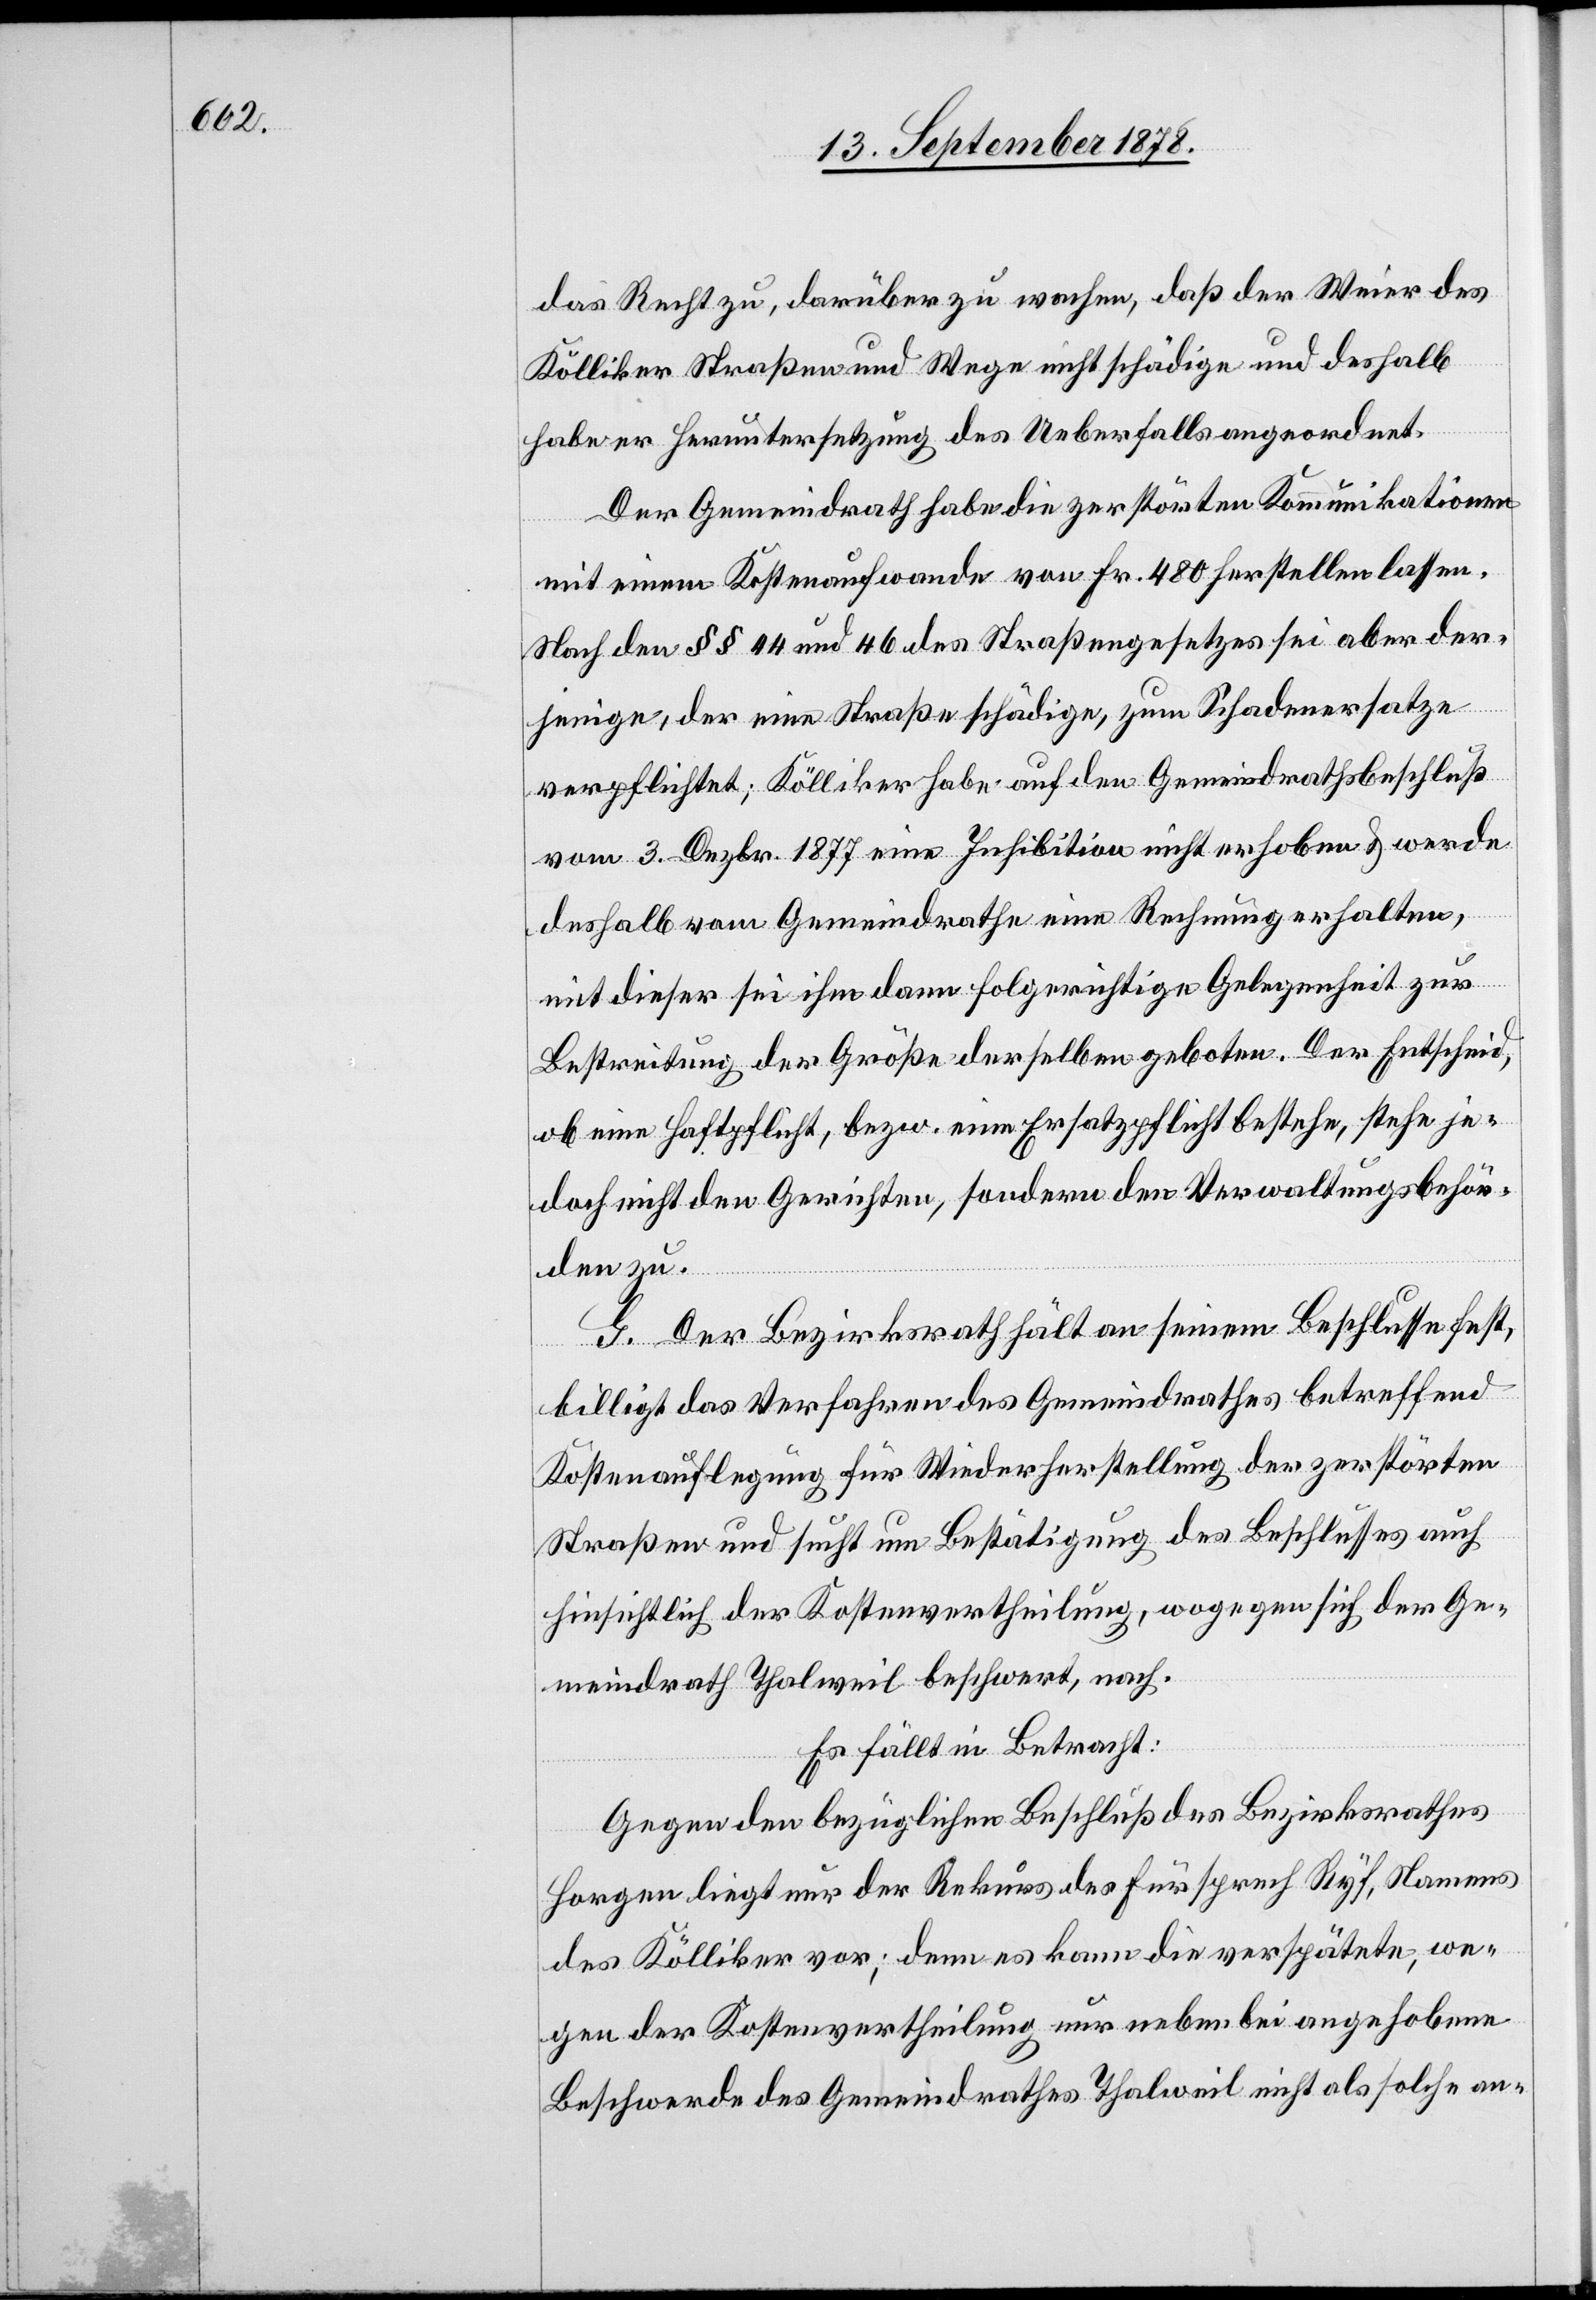
das Recht zu, darüber zu wachen, daß der Weier des
Kölliker Straßen und Wege nicht schädige und deshalb
habe er Heruntersetzung des Ueberfalls angeordnet.
Der Gemeindrath habe die zerstörten Kommunikationen
mit einem Kostenaufwande von Fr. 480 herstellen lassen.
Nach den §§ 44 und 46 des Straßengesetzes sei aber der¬
jenige, der eine Straße schädige, zum Schadenersatze
verpflichtet; Kölliker habe auf den Gemeindrathsbeschluß
vom 3. Dezbr. 1877 eine Inhibition nicht erhoben & werde
deshalb vom Gemeindrathe eine Rechnung erhalten,
mit dieser sei ihm dann folgerichtige Gelegenheit zur
Bestreitung der Größe derselben geboten. Der Entscheid,
ob eine Haftpflicht, bezw. eine Ersatzpflicht bestehe, stehe je¬
doch nicht den Gerichten, sondern den Verwaltungsbehör¬
den zu.
G. Der Bezirksrath hält an seinem Beschlusse fest,
billigt das Verfahren des Gemeindrathes betreffend
Kostenauflegung für Wiederherstellung der zerstörten
Straßen und sucht um Bestätigung des Beschlusses auch
hinsichtlich der Kostenvertheilung, wogegen sich der Ge¬
meindrath Thalweil beschwert, nach.
Es fällt in Betracht:
Gegen den bezüglichen Beschluß des Bezirksrathes
Horgen liegt nur der Rekurs des Fürsprech Ryf, Namens
des Kölliker vor; denn es kann die verspätete, we¬
gen der Kostenvertheilung nur nebenbei angehobene
Beschwerde des Gemeindrathes Thalweil nicht als solche an-